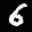
Label: 6